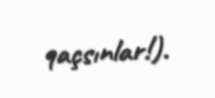
qaçsınlar!).